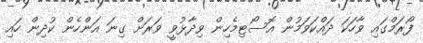
ފޯރަމްގައި ވާހަކަ ދައްކަވަމުން އޮސޯޓިމެހިން ވިދާޅުވީ ވަރަށް ގިނަ އަންހެން ކުދިން ހައި